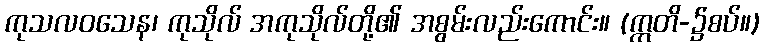
ကုသလဝသေန၊ ကုသိုလ် အကုသိုလ်တို့၏ အစွမ်းလည်းကောင်း။ (ဣတိ-၌စပ်။)